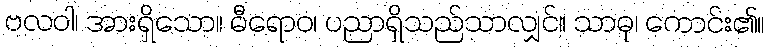
ဗလဝါ၊ အားရှိသော။ ဓီရောဝ၊ ပညာရှိသည်သာလျှင်။ သာဓု၊ ကောင်း၏။